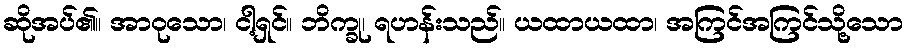
ဆိုအပ်၏။ အာဝုသော၊ ငါ့ရှင်။ ဘိက္ခု၊ ရဟန်းသည်။ ယထာယထာ၊ အကြင်အကြင်သို့သော